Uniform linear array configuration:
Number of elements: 24
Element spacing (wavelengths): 1
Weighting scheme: binomial
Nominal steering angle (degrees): -15
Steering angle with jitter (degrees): -15.507
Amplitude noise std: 0.05
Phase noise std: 0.05

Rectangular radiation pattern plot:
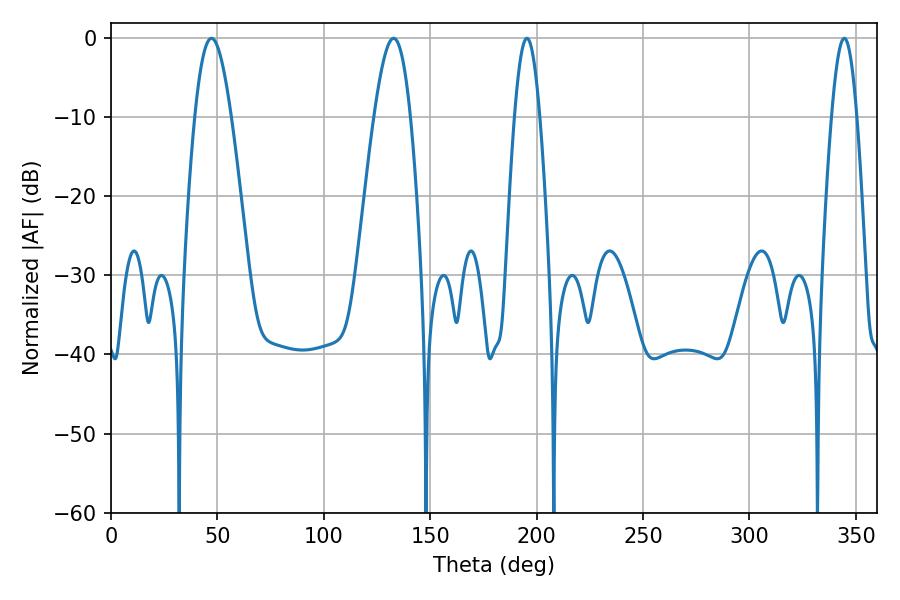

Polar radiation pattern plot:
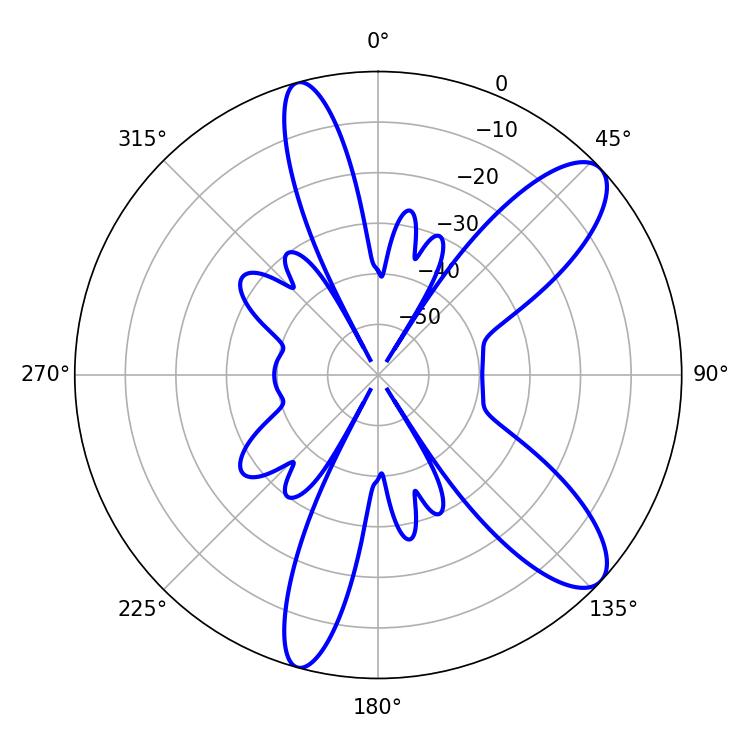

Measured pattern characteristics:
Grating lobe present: TRUE
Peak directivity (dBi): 10.16
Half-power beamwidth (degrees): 9.18
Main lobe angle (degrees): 132.84